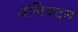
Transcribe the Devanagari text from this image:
वलियदन